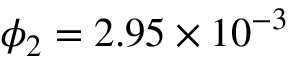
\phi _ { 2 } = 2 . 9 5 \times 1 0 ^ { - 3 }